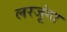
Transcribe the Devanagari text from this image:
लरजूंगा